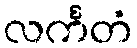
လင်္ကတံ